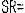
SR=